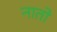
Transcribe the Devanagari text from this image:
नातो